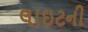
લાઇટની